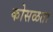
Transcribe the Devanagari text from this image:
कोसळता